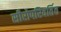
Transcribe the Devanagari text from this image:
सीरोपरिवर्तित